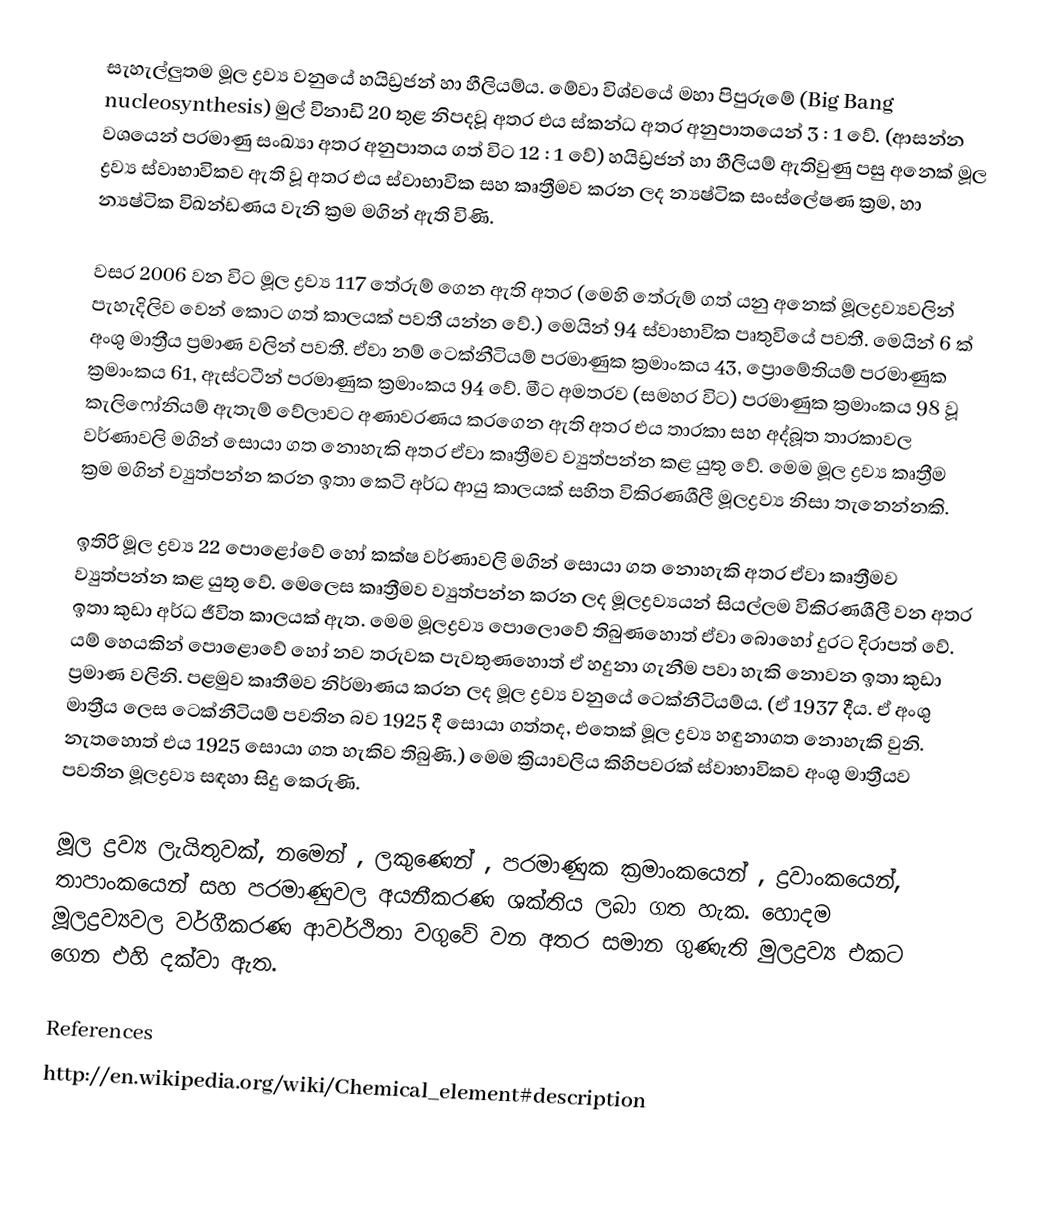
සැහැල්ලුතම මූල ද්‍රව්‍ය වනුයේ හයිඩ්‍රජන් හා හීලියම්ය. මේවා විශ්වයේ මහා පිපුරුමේ (Big Bang nucleosynthesis) මුල් විනාඩි 20 තුළ නිපදවූ අතර එය ස්කන්ධ අතර අනුපාතයෙන් 3 : 1 වේ. (ආසන්න වශයෙන් පරමාණු සංඛ්‍යා අතර අනුපාතය ගත් විට 12 : 1 වේ) හයිඩ්‍රජන් හා හීලියම් ඇතිවුණු පසු අනෙක් මූල ද්‍රව්‍ය ස්වාභාවිකව ඇති වූ අතර එය ස්වාභාවික සහ කෘත්‍රීමව කරන ලද න්‍යෂ්ටික සංස්ලේෂණ ක්‍රම, හා න්‍යෂ්ටික විඛන්ඩණය වැනි ක්‍රම මගින් ඇති විණි.

වසර 2006 වන විට මූල ද්‍රව්‍ය 117 තේරුම් ගෙන ඇති අතර (මෙහි  තේරුම් ගත් යනු අනෙක් මූලද්‍රව්‍යවලින් පැහැදිලිව වෙන් කොට ගත් කාලයක් පවතී යන්න වේ.) මෙයින් 94 ස්වාභාවික පෘතුවියේ පවතී. මෙයින් 6 ක් අංශු මාත්‍රීය ප්‍රමාණ වලින් පවතී. ඒවා නම් ටෙක්නීටියම් පරමාණුක ක්‍රමාංකය 43, ප්‍රොමේතියම් පරමාණුක ක්‍රමාංකය 61, ඇස්ටටීන් පරමාණුක ක්‍රමාංකය 94 වේ. මීට අමතරව (සමහර විට) පරමාණුක ක්‍රමාංකය 98 වූ කැලිෆෝනියම් ඇතැම් වේලාවට අණාවරණය කරගෙන ඇති අතර එය තාරකා සහ අද්බූත තාරකාවල වර්ණාවලි මගින් සොයා ගත නොහැකි අතර ඒවා කෘත්‍රීමව ව්‍යුත්පන්න කළ යුතු වේ. මෙම මූල ද්‍රව්‍ය කෘත්‍රීම ක්‍රම මගින් ව්‍යුත්පන්න කරන ඉතා කෙටි අර්ධ ආයු කාලයක් සහිත විකිරණශීලී මූලද්‍රව්‍ය නිසා ‍තැනෙන්නකි.

ඉතිරි මූල ද්‍රව්‍ය 22 පොළෝවේ හෝ කක්ෂ වර්ණාවලි මගින් සොයා ගත නොහැකි අතර ඒවා කෘත්‍රීමව ව්‍යුත්පන්න කළ යුතු වේ. මෙලෙස කෘත්‍රීමව ව්‍යුත්පන්න කරන ලද මූලද්‍රව්‍යයන් සියල්ලම විකිරණශීලී වන අතර ඉතා කුඩා අර්ධ ජීවිත කාලයක් ඇත. මෙම මූලද්‍රව්‍ය පොලොවේ තිබුණහොත් ඒවා බොහෝ දුරට දිරාපත් වේ. යම් හෙයකින් පොළොවේ හෝ නව තරුවක පැවතුණහොත් ඒ හදුනා ගැනීම පවා හැකි නොවන ඉතා කුඩා ප්‍රමාණ වලිනි. පළමුව කෘතීමව නිර්මාණය කරන ලද මූල ද්‍රව්‍ය වනුයේ ටෙක්නීටියම්ය. (ඒ 1937 දීය. ඒ  අංශු මාත්‍රීය ලෙස ටෙක්නීටියම් පවතින බව 1925 දී සොයා ගත්තද, එතෙක් මූල ද්‍රව්‍ය හඳුනාගත නොහැකි වුනි. නැතහොත් එය 1925 සොයා ගත  හැකිව තිබුණි.) මෙම ක්‍රියාවලිය කිහිපවරක් ස්වාභාවිකව අංශු මාත්‍රීයව පවතින මූලද්‍රව්‍ය සඳහා සිදු කෙරුණි.

මූල ද්‍රව්‍ය ලැයිතුවක්, නමෙන් , ලකුණෙන් , පරමාණුක ක්‍රමාංකයෙන් , ද්‍රවාංකයෙන්, තාපාංකයෙන් සහ පරමාණුවල අයනීකරණ ශක්තිය ලබා ගත හැක. හොදම මූලද්‍රව්‍යවල වර්ගීකරණ ආවර්ථිතා වගුවේ වන අතර සමාන ගුණැති මුලද්‍රව්‍ය එකට ගෙන එහි දක්වා ඇත.

References
http://en.wikipedia.org/wiki/Chemical_element#description